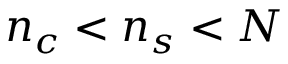
n _ { c } < n _ { s } < N